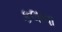
કલાવા